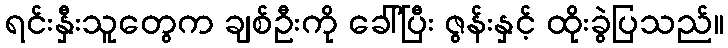
ရင်းနှီးသူတွေက ချစ်ဦးကို ခေါ်ပြီး ဇွန်းနှင့် ထိုးခွဲပြသည်။